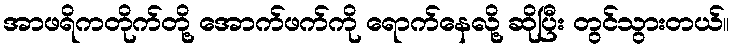
အာဖရိကတိုက်တို့ အောက်ဖက်ကို ရောက်နေလို့ ဆိုပြီး တွင်သွားတယ်။